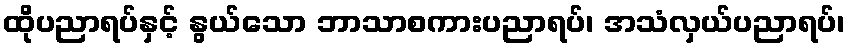
ထိုပညာရပ်နှင့် နွယ်သော ဘာသာစကားပညာရပ်၊ အသံလှယ်ပညာရပ်၊